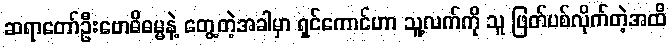
ဆရာတော်ဦးဗောဓိဓမ္မနဲ့ တွေ့တဲ့အခါမှာ ရှင်ကောင်ဟာ သူ့လက်ကို သူ ဖြတ်ပစ်လိုက်တဲ့အထိ